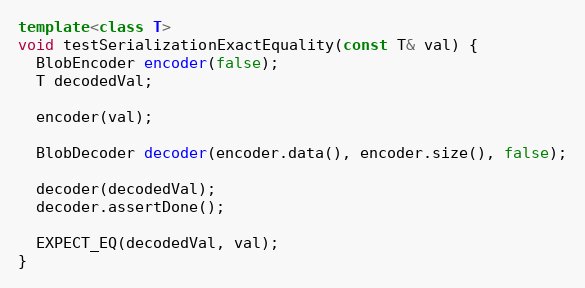
Language: C++
template<class T>
void testSerializationExactEquality(const T& val) {
  BlobEncoder encoder(false);
  T decodedVal;

  encoder(val);

  BlobDecoder decoder(encoder.data(), encoder.size(), false);

  decoder(decodedVal);
  decoder.assertDone();

  EXPECT_EQ(decodedVal, val);
}